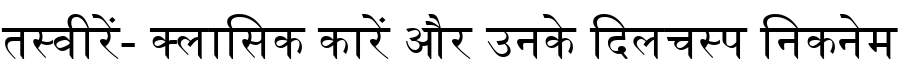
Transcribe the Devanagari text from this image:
तस्वीरें- क्लासिक कारें और उनके दिलचस्प निकनेम